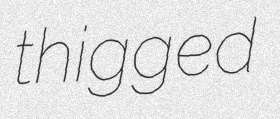
thigged